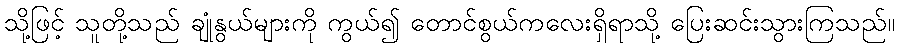
သို့ဖြင့် သူတို့သည် ချုံနွယ်များကို ကွယ်၍ တောင်စွယ်ကလေးရှိရာသို့ ပြေးဆင်းသွားကြသည်။